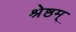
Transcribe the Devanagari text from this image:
श्रेष्ठम्